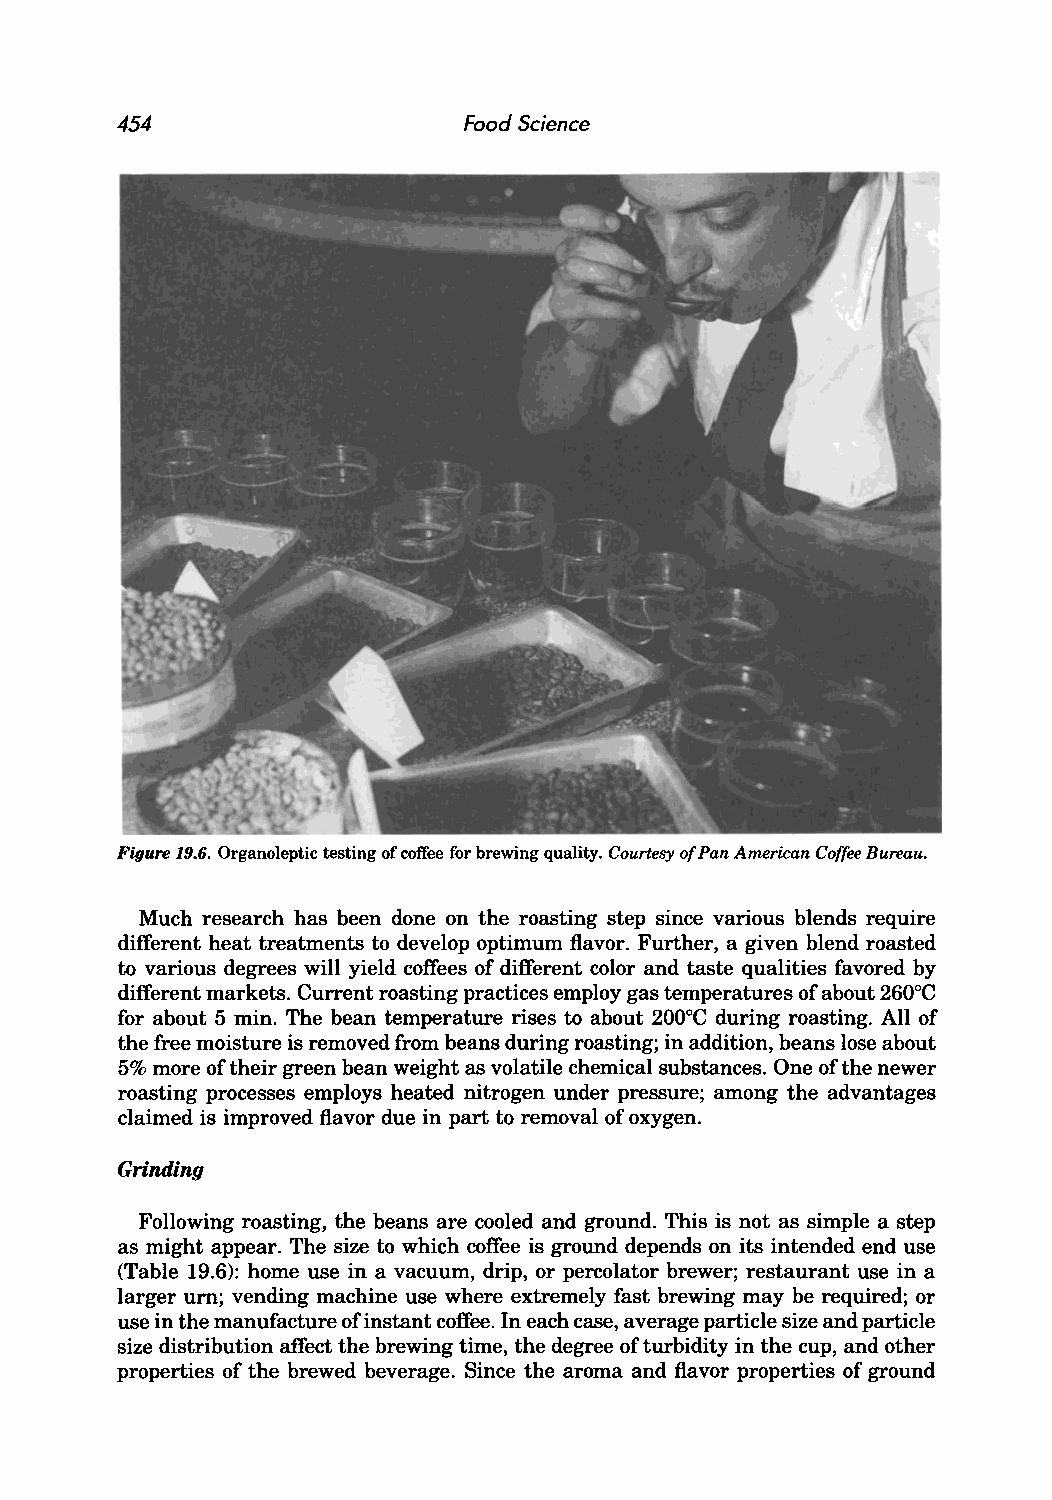
454                    Food Science
 Figure 19.6. Organoleptic testing of coffee for brewing quality. Courtesy of Pan American Coffee Bureau.
 Much research has been done on the roasting step since various blends require
 different heat treatments to develop optimum flavor. Further, a given blend roasted
 to various degrees will yield coffees of different color and taste qualities favored by
 different markets. Current roasting practices employ gas temperatures of about 260°C
 for about 5 min. The bean temperature rises to about 200°C during roasting. All of
 the free moisture is removed from beans during roasting; in addition, beans lose about
 5% more of their green bean weight as volatile chemical substances. One of the newer
 roasting processes employs heated nitrogen under pressure; among the advantages
 claimed is improved flavor due in part to removal of oxygen.
 Grinding
 Following roasting, the beans are cooled and ground. This is not as simple a step
 as might appear. The size to which coffee is ground depends on its intended end use
 (Table 19.6): home use in a vacuum, drip, or percolator brewer; restaurant use in a
 larger urn; vending machine use where extremely fast brewing may be required; or
 use in the manufacture ofinstant coffee. In each case, average particle size and particle
 size distribution affect the brewing time, the degree of turbidity in the cup, and other
 properties of the brewed beverage. Since the aroma and flavor properties of ground